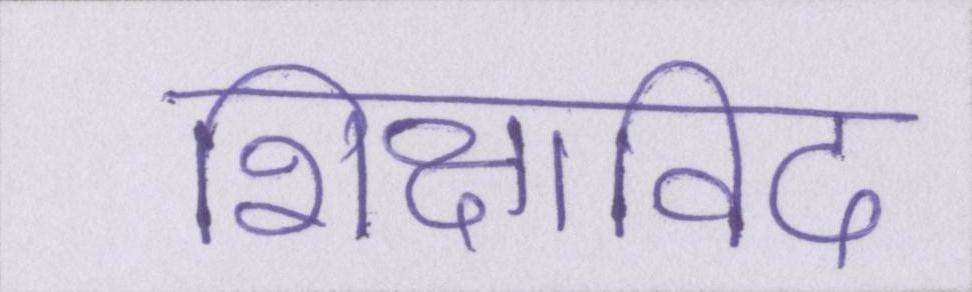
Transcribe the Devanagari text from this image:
शिक्षाविद